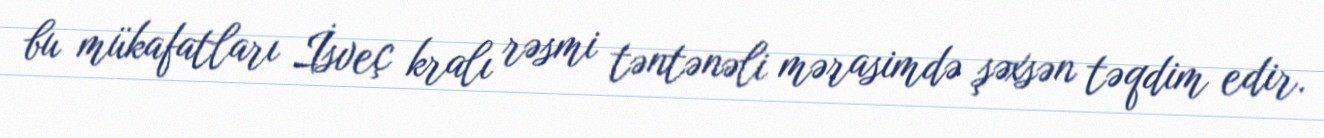
bu mükafatları İsveç kralı rəsmi təntənəli mərasimdə şəxsən təqdim edir.